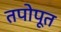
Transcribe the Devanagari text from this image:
तपोपूत